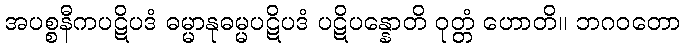
အပစ္စနီကပဋိပဒံ ဓမ္မာနုဓမ္မပဋိပဒံ ပဋိပန္နောတိ ဝုတ္တံ ဟောတိ။ ဘဂဝတော